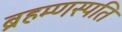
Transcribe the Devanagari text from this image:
ब्रहम्णस्पति